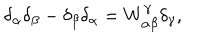
\delta _ { \alpha } \delta _ { \beta } - \delta _ { \beta } \delta _ { \alpha } = W _ { \alpha \beta } ^ { \gamma } \delta _ { \gamma } ,